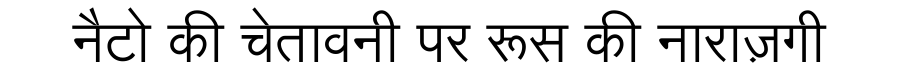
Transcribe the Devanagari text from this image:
नैटो की चेतावनी पर रूस की नाराज़गी